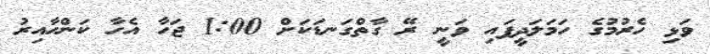
ވަޅި ހެރުމުގެ ހަމަލަދީފައި ވަނީ ރޭ ގާތްގަނޑަކަށް 1:00 ޖަހާ އެހާ ކަންހާއިރު